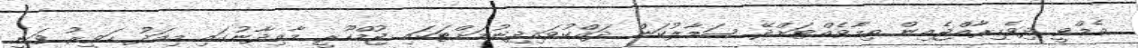
އެމްވީ ދިވެހިރާއްޖެއިން ތިމާވެއްޓަށްދޭ ސަމާލުކަން ދައްކުވައިދިނުމަށްޓަކައި ޖުމްހޫރީ މާއިދާނުގައި މިއަދު ހަވީރު ވަނީ